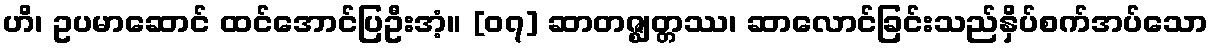
ဟိ၊ ဥပမာဆောင် ထင်အောင်ပြဦးအံ့။ [၀၇] ဆာတဇ္ဈတ္တဿ၊ ဆာလောင်ခြင်းသည်နှိပ်စက်အပ်သော